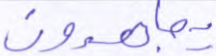
يجاهدون